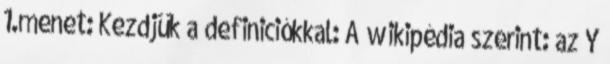
1.menet: Kezdjük a definiciókkal: A wikipédia szerint: az Y